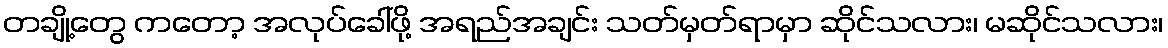
တချို့တွေ ကတော့ အလုပ်ခေါ်ဖို့ အရည်အချင်း သတ်မှတ်ရာမှာ ဆိုင်သလား၊ မဆိုင်သလား၊